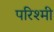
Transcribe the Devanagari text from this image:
परिश्मी